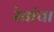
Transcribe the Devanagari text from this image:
रेवांचा